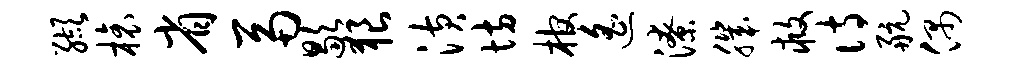
缬榱省鬲歇狼潢坊棺遥潦肌救诗航偶